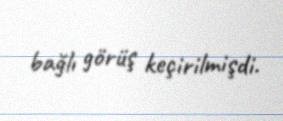
bağlı görüş keçirilmişdi.